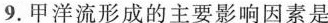
9.甲洋流形成的主要影响因素是